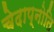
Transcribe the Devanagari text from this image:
चेदाप्नोति